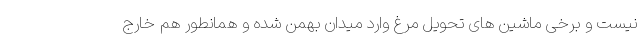
نیست و برخی ماشین های تحویل مرغ وارد میدان بهمن شده و همانطور هم خارج